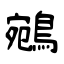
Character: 鵷